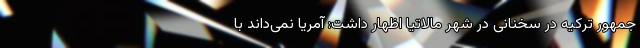
جمهور ترکیه در سخنانی در شهر مالاتیا اظهار داشت: آمریا نمی‌داند با